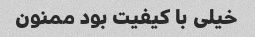
خیلی با کیفیت بود ممنون